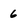
Character: 6